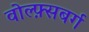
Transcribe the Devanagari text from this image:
वोल्फ़्सबर्ग